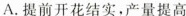
A.提前开花结实，产量提高